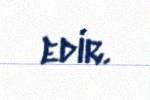
edir.